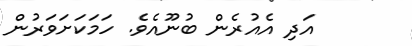
އަދި އެއުރެން ބުނޫއެވެ. ހަމަކަށަވަރުން